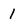
Character: 1